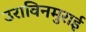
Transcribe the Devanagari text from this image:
उराविनमुराई